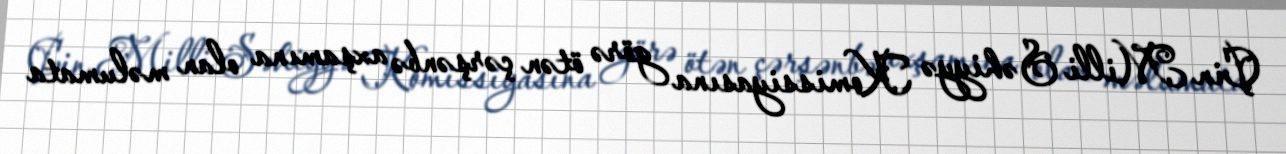
Çin Milli Səhiyyə Komissiyasına görə ötən çərşənbə axşamına olan məlumata